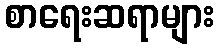
စာရေးဆရာများ